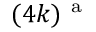
( 4 k ) ^ { \mathrm { ~ a ~ } }